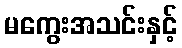
မကွေးအသင်းနှင့်